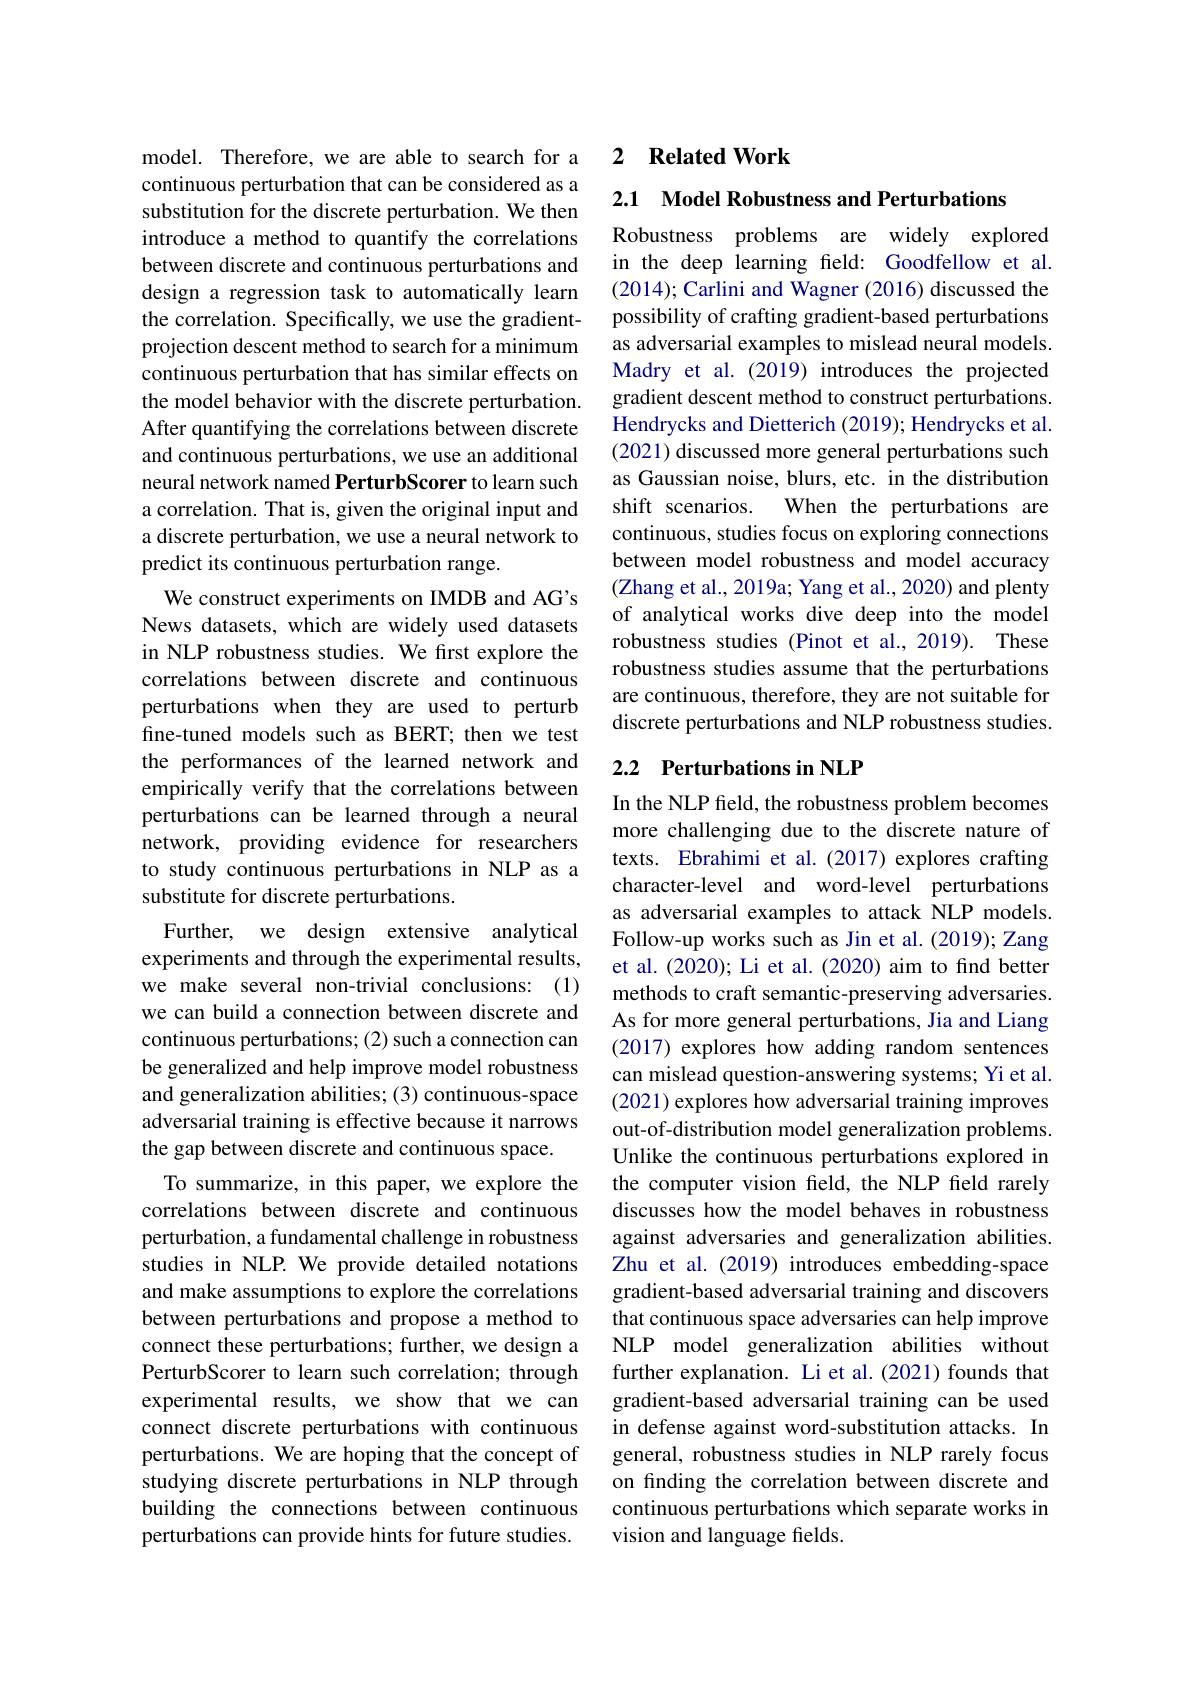
model. Therefore, we are able to search for a continuous perturbation that can be considered as a substitution for the discrete perturbation. We then introduce a method to quantify the correlations between discrete and continuous perturbations and design a regression task to automatically learn the correlation. Specifically, we use the gradientprojection descent method to search for a minimum continuous perturbation that has similar effects on the model behavior with the discrete perturbation. After quantifying the correlations between discrete and continuous perturbations, we use an additional neural network named PerturbScorer to learn such a correlation. That is, given the original input and a discrete perturbation, we use a neural network to predict its continuous perturbation range.
We construct experiments on IMDB and AG's News datasets, which are widely used datasets in NLP robustness studies. We frst explore the correlations between discrete and continuous perturbations when they are used to perturb fine-tuned models such as BERT; then we test the performances of the learned network and empirically verify that the correlations between perturbations can be learned through a neural network, providing evidence for researchers to study continuous perturbations in NLP as a substitute for discrete perturbations.
Further, we design extensive analytical experiments and through the experimental results, we make several non-trivial conclusions: (1) we can build a connection between discrete and continuous perturbations; (2) such a connection can be generalized and help improve model robustness and generalization abilities; (3) continuous-space adversarial training is effective because it narrows the gap between discrete and continuous space.
To summarize, in this paper, we explore the correlations between discrete and continuous perturbation, a fundamental challenge in robustness studies in NLP. We provide detailed notations and make assumptions to explore the correlations between perturbations and propose a method to connect these perturbations; further, we design a PerturbScorer to learn such correlation; through experimental results, we show that we can connect discrete perturbations with continuous perturbations. We are hoping that the concept of studying discrete perturbations in NLP through building the connections between continuous perturbations can provide hints for future studies.

### 2 $\textbf{Related Work}$

2.1 Model Robustness and Perturbations

Robustness problems are widely explored in the deep learning field: Goodfellow et al. (2014); Carlini and Wagner (2016) discussed the possibility of crafting gradient-based perturbations as adversarial examples to mislead neural models. Madry et al.(2019) introduces the projected gradient descent method to construct perturbations. Hendrycks and Dietterich (2019); Hendrycks et al. (2021) discussed more general perturbations such as Gaussian noise, blurs, etc. in the distribution shift scenarios.
When the perturbations are
continuous, studies focus on exploring connections between model robustness and model accuracy (Zhang et al., 2019a; Yang et al., 2020) and plenty of analytical works dive deep into the model robustness studies (Pinot et al., 2019). These robustness studies assume that the perturbations are continuous, therefore, they are not suitable for discrete perturbations and NLP robustness studies.

## 2.2 Perturbations in NLP

In the NLP field, the robustness problem becomes more challenging due to the discrete nature of texts. Ebrahimi et al.(2017) explores crafting character-level and word-level perturbations as adversarial examples to attack NLP models. Follow-up works such as Jin et al.(2019); Zang et al.(2020); Li et al.(2020) aim to find better methods to craft semantic-preserving adversaries As for more general perturbations, Jia and Liang (2017) explores how adding random sentences can mislead question-answering systems; Yi et al. (2021) explores how adversarial training improves out-of-distribution model generalization problems. Unlike the continuous perturbations explored in the computer vision feld, the NLP feld rarely discusses how the model behaves in robustness against adversaries and generalization abilities. Zhu et al.(2019) introduces embedding-space gradient-based adversarial training and discovers that continuous space adversaries can help improve NLP model generalization abilities without further explanation. Li et al.(2021) founds that gradient-based adversarial training can be used in defense against word-substitution attacks. In general, robustness studies in NLP rarely focus on finding the correlation between discrete and continuous perturbations which separate works in vision and language fields.